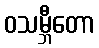
ဝသမ္ဘီတော